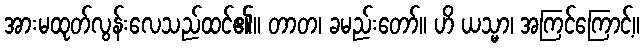
အားမထုတ်လွန်းလေသည်ထင်၏။ တာတ၊ ခမည်းတော်။ ဟိ ယသ္မာ၊ အကြင်ကြောင့်။